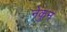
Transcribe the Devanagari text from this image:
नेकुन